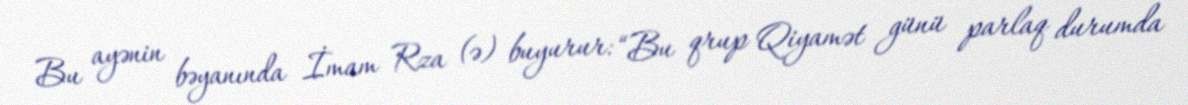
Bu ayənin bəyanında İmam Rza (ə) buyurur: “Bu qrup Qiyamət günü parlaq durumda